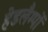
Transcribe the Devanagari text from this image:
हेडलैम्पों